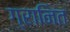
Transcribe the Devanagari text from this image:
ग्रानित